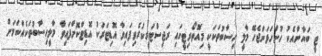
ޓީ ބަޔާނާއެކު ހުށަހަޅަންޖެހޭ މާލީ ހިސާބުތަކަކީ މިއޮތޯރިޓީގައި ރަޖިސްޓަރީކުރެވިފައިވާ އޮޑިޓަރަކު އޮޑިޓްކޮށްފައިވާ މާލީހިސާބުތަކެއްކަމަށް